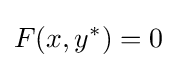
F(x,y^{*})=0\,\!